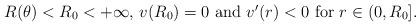
LaTeX: \begin{align*} \mbox{$R(\theta)<R_0<+\infty$, $v(R_0)=0$ and $v'(r)<0$ for $r\in (0, R_0]$.} \end{align*}